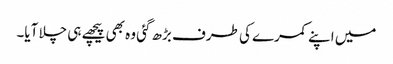
میں اپنے کمرے کی طرف بڑھ گئی وہ بھی پیچھے ہی چلا آیا۔